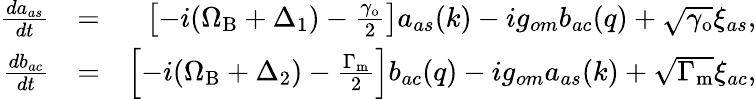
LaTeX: \begin{array}{rlr}{\frac{da_{as}}{dt}}&{=}&{\left[-i(\Omega_{\mathrm{B}}+\Delta_{1})-\frac{\gamma_{\mathrm{o}}}{2}\right]a_{as}(k)-ig_{om}b_{ac}(q)+\sqrt{\gamma_{\mathrm{o}}}\xi_{as},}\\ {\frac{db_{ac}}{dt}}&{=}&{\left[-i(\Omega_{\mathrm{B}}+\Delta_{2})-\frac{\Gamma_{\mathrm{m}}}{2}\right]b_{ac}(q)-ig_{om}a_{as}(k)+\sqrt{\Gamma_{\mathrm{m}}}\xi_{ac},}\end{array}